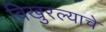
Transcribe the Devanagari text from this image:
विखुरल्याचे